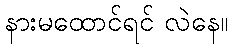
နားမထောင်ရင် လဲနေ။